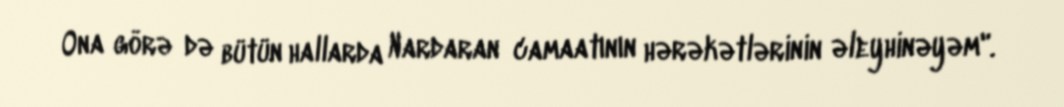
Ona görə də bütün hallarda Nardaran camaatının hərəkətlərinin əleyhinəyəm".